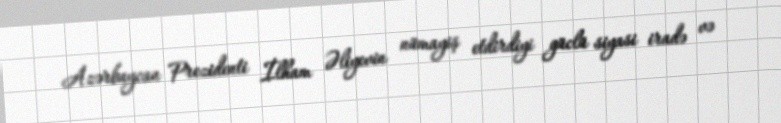
Azərbaycan Prezidenti İlham Əliyevin nümayiş etdirdiyi güclü siyasi iradə və